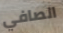
الصافي